65_HS1-834228961_62-HQ-83894_Section_10
Agency: FBI
Page 138
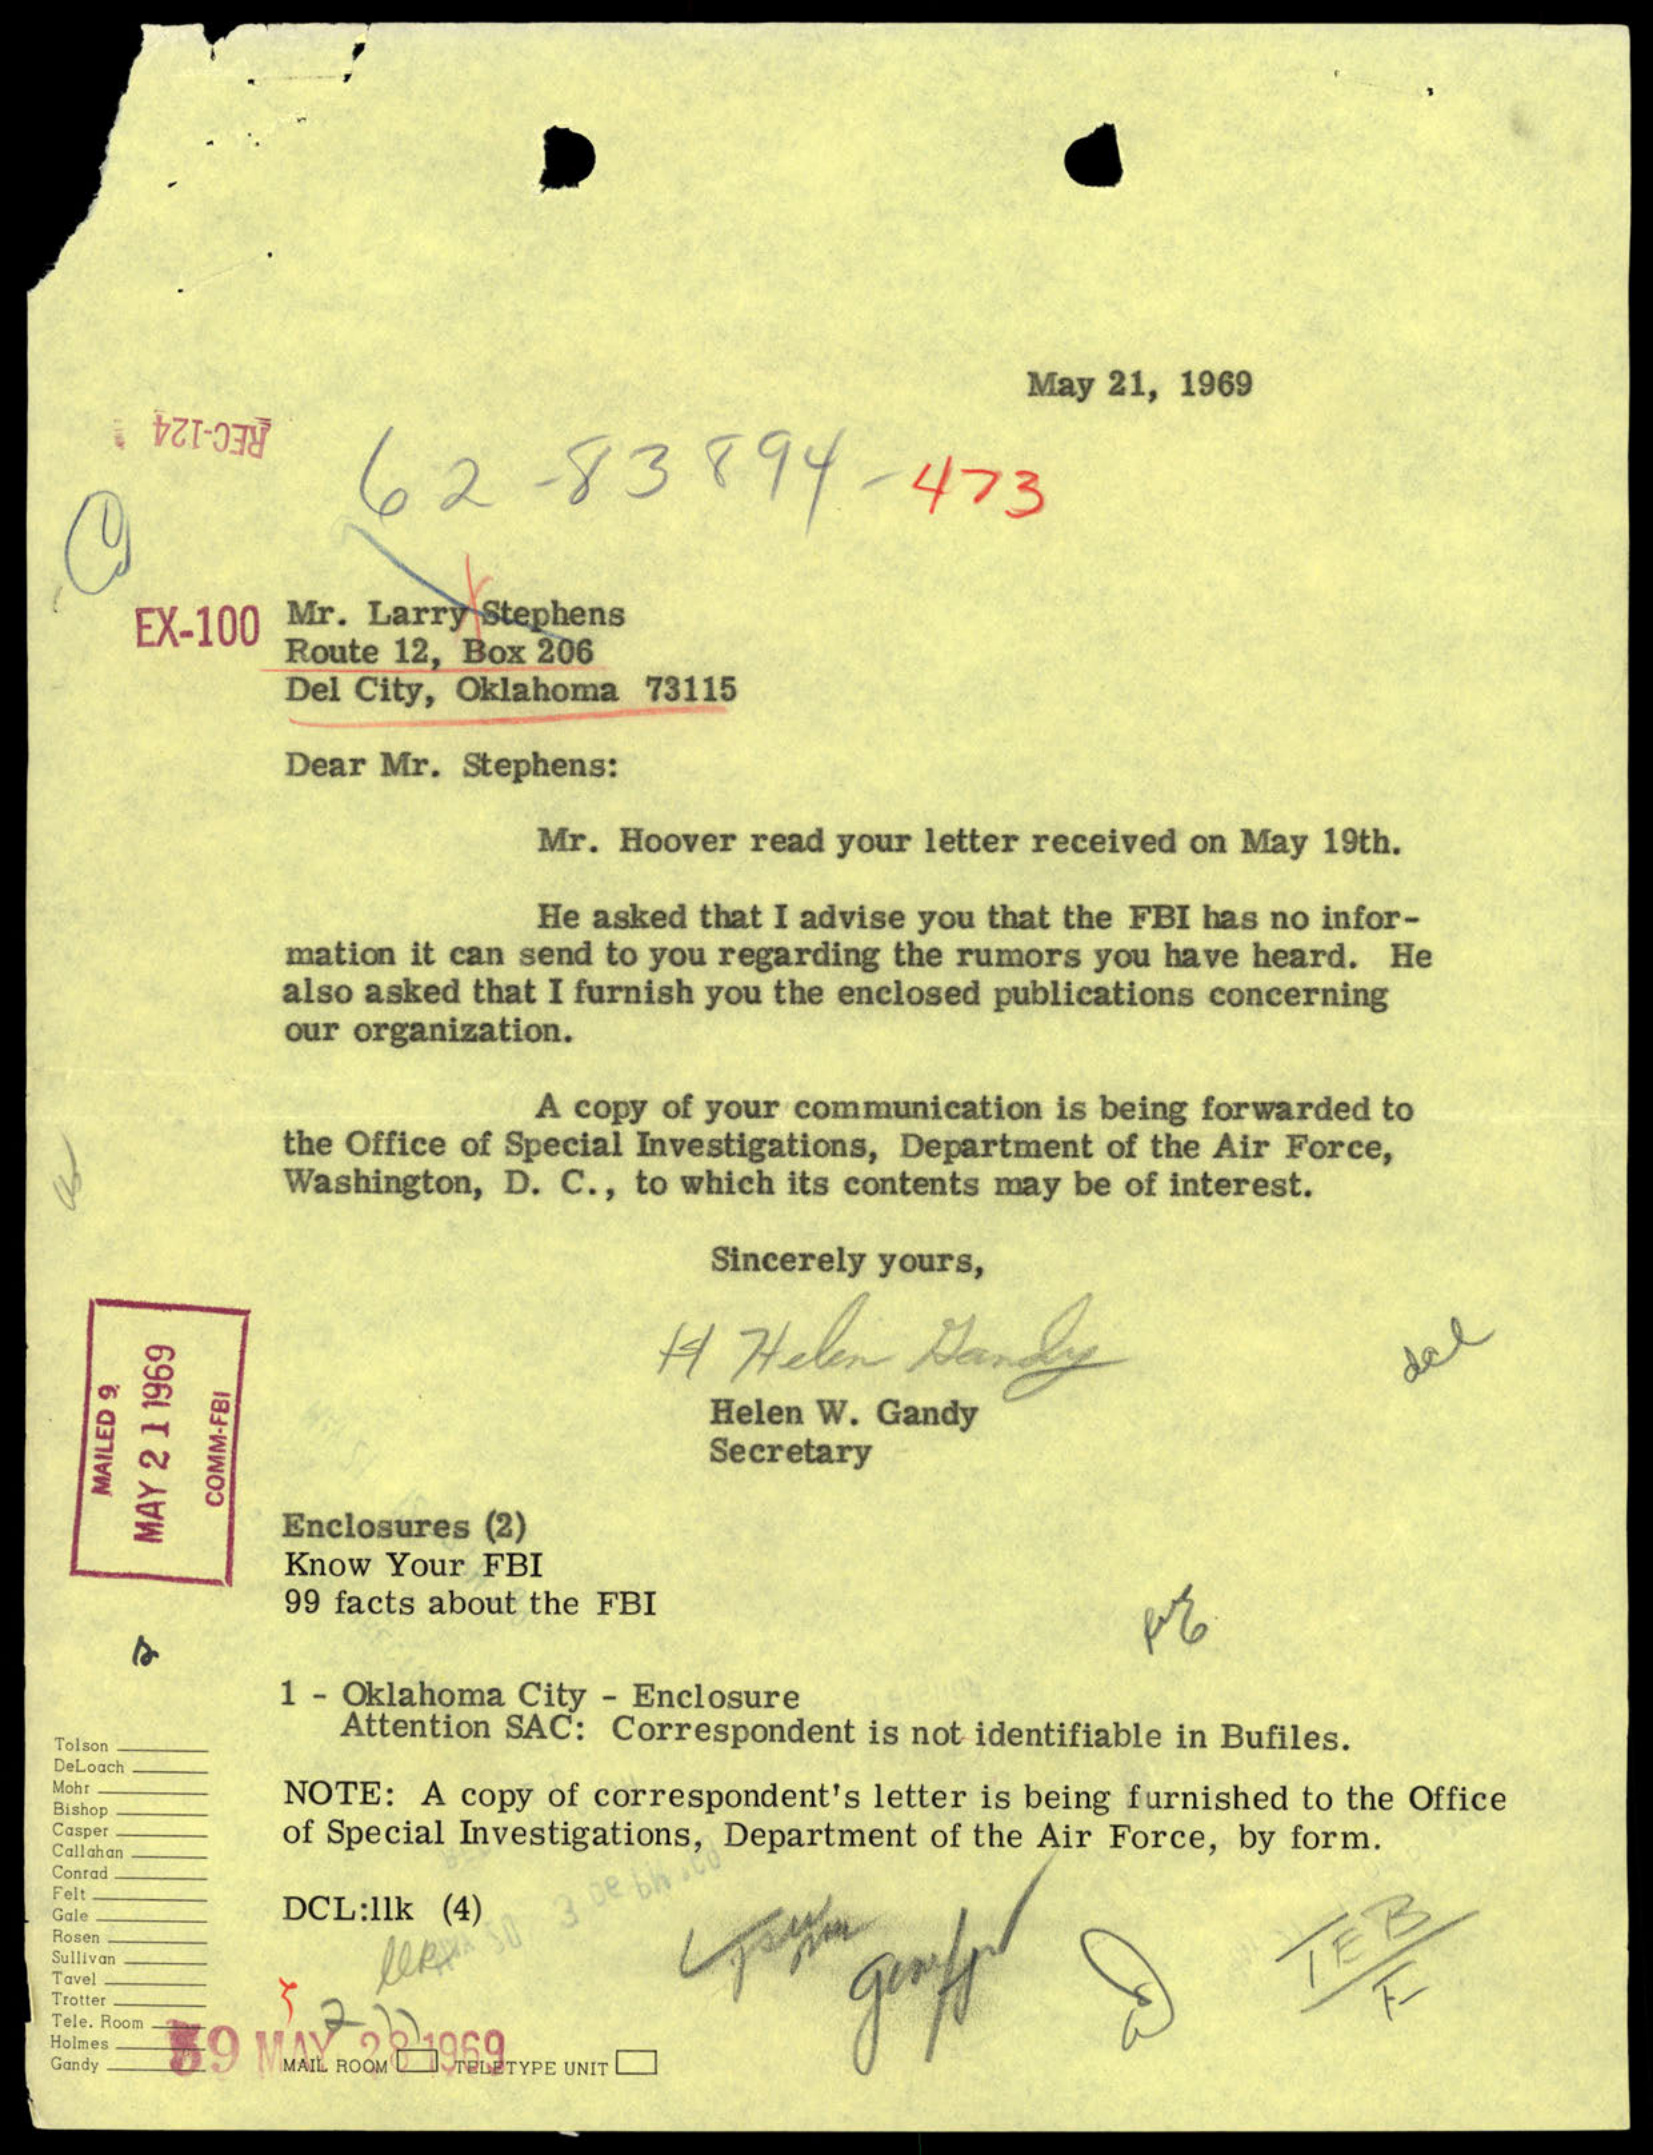